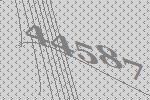
44587